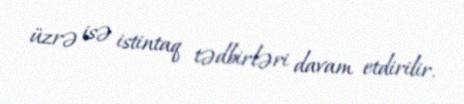
üzrə isə istintaq tədbirləri davam etdirilir.